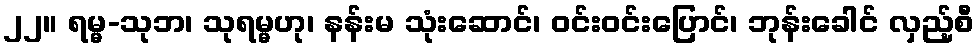
၂၂။ ရမ္မ-သုဘ၊ သုရမ္မဟု၊ နန်းမ သုံးဆောင်၊ ဝင်းဝင်းပြောင်၊ ဘုန်းခေါင် လှည့်စီ